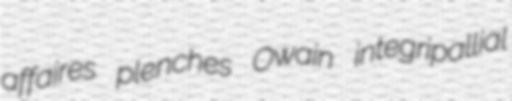
affaires plenches Owain integripallial